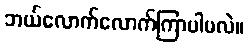
ဘယ်လောက်လောက်ကြာပါမလဲ။